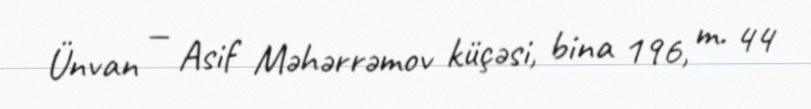
Ünvan — Asif Məhərrəmov küçəsi, bina 196, m. 44